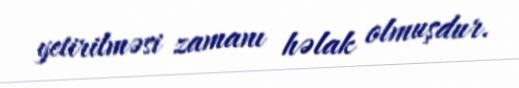
yetirilməsi zamanı həlak olmuşdur.